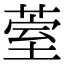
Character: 𮏧